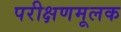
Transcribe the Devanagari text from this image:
परीक्षणमूलक